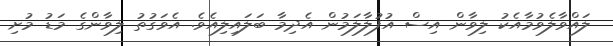
ލައްވާލެވުމާއެކު ލިވާން އިސް އުފުލާލަމުން އެދިމާ ބަލައިލިއެވެ. އެވަގުތު ލިވާންގެ މަޑު މުށި